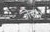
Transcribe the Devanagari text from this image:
जेसर